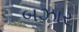
બઝાર